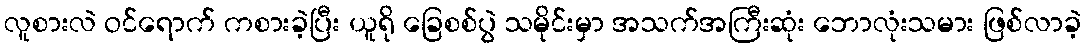
လူစားလဲ ဝင်ရောက် ကစားခဲ့ပြီး ယူရို ခြေစစ်ပွဲ သမိုင်းမှာ အသက်အကြီးဆုံး ဘောလုံးသမား ဖြစ်လာခဲ့